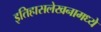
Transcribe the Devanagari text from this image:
इतिहासलेखनामध्ये